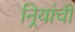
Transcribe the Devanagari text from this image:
निर्‍यांची